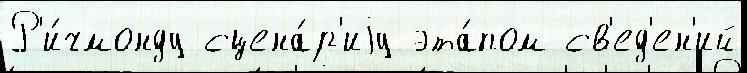
Р'и́чмонду сцена́р'иjу эта́пом св'ед'ен'ий